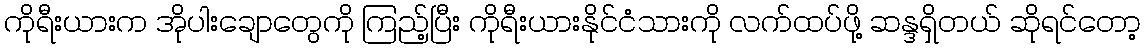
ကိုရီးယားက အိုပါးချောတွေကို ကြည့်ပြီး ကိုရီးယားနိုင်ငံသားကို လက်ထပ်ဖို့ ဆန္ဒရှိတယ် ဆိုရင်တော့